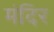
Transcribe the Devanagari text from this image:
मंदिर